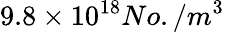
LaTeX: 9.8\times 10^{18}No./m^{3}